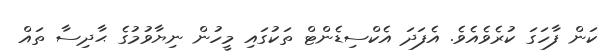
ކަން ފާހަގަ ކުރެވެއެވެ. އެފަދަ އެކްސިޑެންޓް ތަކުގައި މީހުން ނިޔާވުމުގެ ޙާދިސާ ތައް